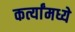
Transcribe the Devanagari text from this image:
कर्त्यांमध्ये